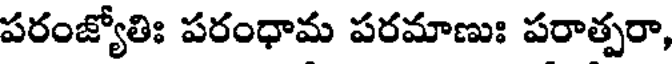
పరంజ్యోతిః పరంధామ పరమాణుః పరాత్పరా,